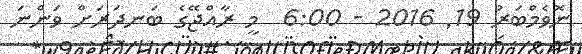
ނޮވެމްބަރު 19